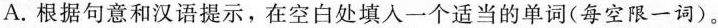
A. 根据句意和汉语提示,在空白处填入一个适当的单词(每空限一词)。